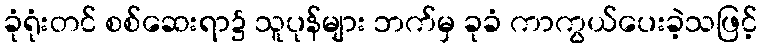
ခုံရုံးတင် စစ်ဆေးရာ၌ သူပုန်များ ဘက်မှ ခုခံ ကာကွယ်ပေးခဲ့သဖြင့်